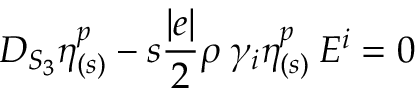
D _ { S _ { 3 } } \eta _ { ( s ) } ^ { p } - s \frac { | e | } { 2 } \rho \: \gamma _ { i } \eta _ { ( s ) } ^ { p } \: E ^ { i } = 0